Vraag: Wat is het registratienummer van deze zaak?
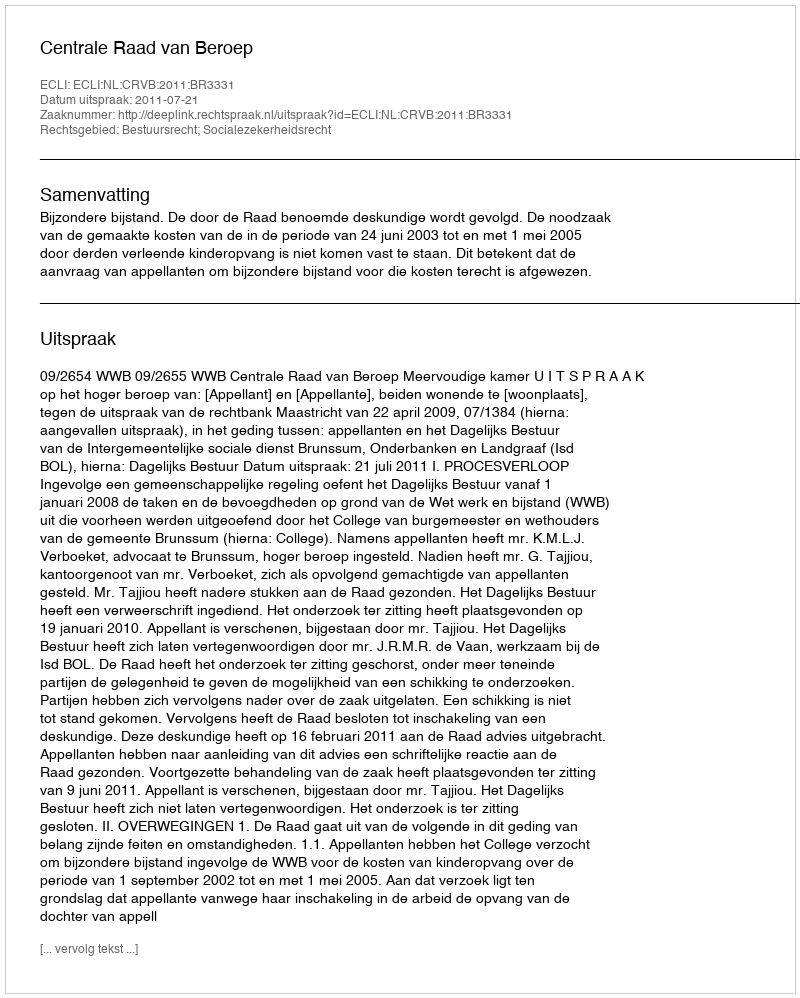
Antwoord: http://deeplink.rechtspraak.nl/uitspraak?id=ECLI:NL:CRVB:2011:BR3331